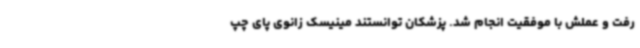
رفت و عملش با موفقیت انجام شد. پزشکان توانستند مینیسک زانوی پای چپ